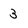
Character: 3